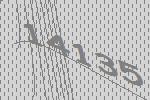
14135